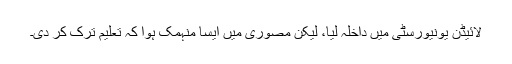
لائیڈن یونیورسٹی میں داخلہ لیا، لیکن مصوری میں ایسا منہمک ہوا کہ تعلیم ترک کر دی۔